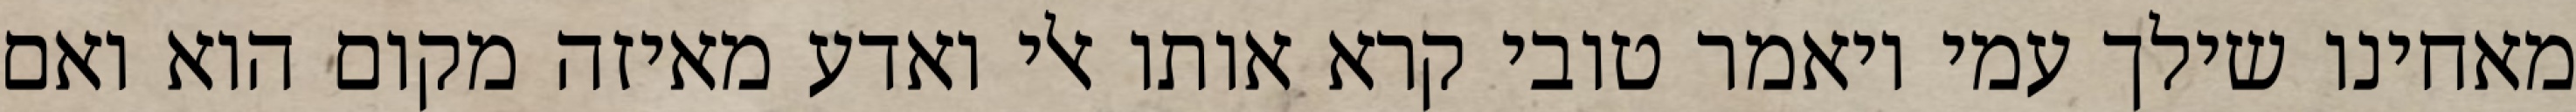
מאחינו שילך עמי ויאמר טובי קרא אותו אלי ואדע מאיזה מקום הוא ואם